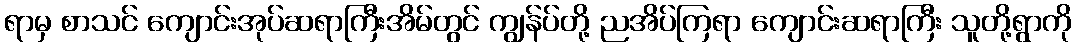
ရာမှ စာသင် ကျောင်းအုပ်ဆရာကြီးအိမ်တွင် ကျွန်ပ်တို့ ညအိပ်ကြရာ ကျောင်းဆရာကြီး သူတို့ရွာကို